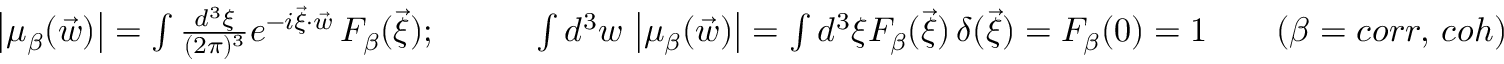
\begin{array} { r l r } & { \left| \mu _ { \beta } ( \vec { w } ) \right| = \int \frac { d ^ { 3 } \xi } { ( 2 \pi ) ^ { 3 } } e ^ { - i \vec { \xi } \cdot \vec { w } } \, F _ { \beta } ( \vec { \xi } ) ; \qquad } & { \int d ^ { 3 } w \, \left| \mu _ { \beta } ( \vec { w } ) \right| = \int d ^ { 3 } \xi F _ { \beta } ( \vec { \xi } ) \, \delta ( \vec { \xi } ) = F _ { \beta } ( 0 ) = 1 \qquad ( \beta = c o r r , \, c o h ) } \end{array}